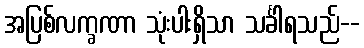
အပြစ်လက္ခဏာ သုံးပါးရှိသာ သင်္ခါရသည်--